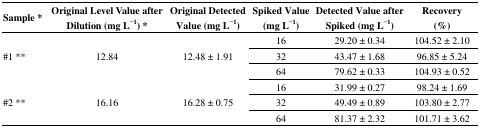
<table><thead><tr><td><b>Sample *</b></td><td><b>Original Level Value after Dilution (mg L<sup>−1</sup>) *</b></td><td><b>Original Detected Value (mg L<sup>−1</sup>)</b></td><td><b>Spiked Value (mg L<sup>−1</sup>)</b></td><td><b>Detected Value after Spiked (mg L<sup>−1</sup>)</b></td><td><b>Recovery (%)</b></td></tr></thead><tbody><tr><td rowspan="6">#1 **</td><td rowspan="6">12.84</td><td rowspan="6">12.48 ± 1.91</td><td>16</td><td>29.20 ± 0.34</td><td>104.52 ± 2.10</td></tr><tr><td>32</td><td>43.47 ± 1.68</td><td>96.85 ± 5.24</td></tr><tr><td>64</td><td>79.62 ± 0.33</td><td>104.93 ± 0.52</td></tr><tr><td rowspan="5">#2 **</td><td rowspan="5">16.16</td><td rowspan="5">16.28 ± 0.75</td><td>16</td><td>31.99 ± 0.27</td><td>98.24 ± 1.69</td></tr><tr><td>32</td><td>49.49 ± 0.89</td><td>103.80 ± 2.77</td></tr><tr><td>64</td><td>81.37 ± 2.32</td><td>101.71 ± 3.62</td></tr></tbody></table>